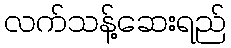
လက်သန့်ဆေးရည်